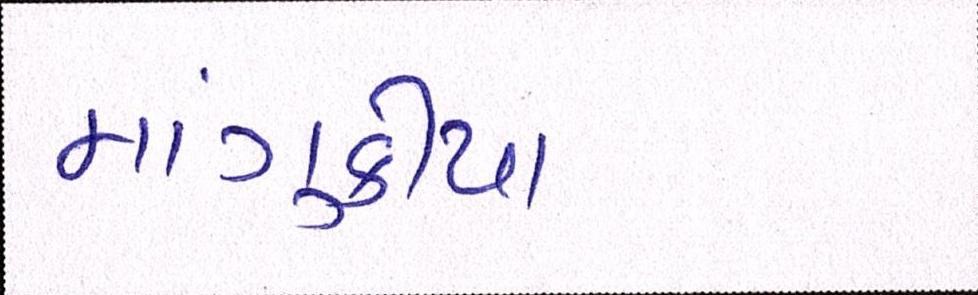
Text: માંગુકીયા